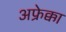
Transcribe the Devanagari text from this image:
अफ्रेक्का